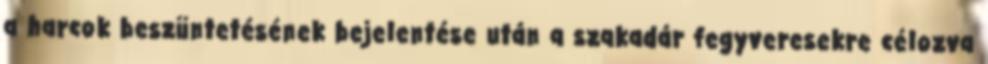
a harcok beszüntetésének bejelentése után a szakadár fegyveresekre célozva